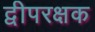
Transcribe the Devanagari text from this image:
द्वीपरक्षक